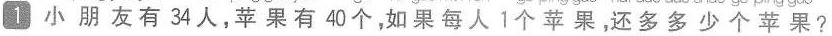
1 小朋友有34人，苹果有40个，如果每人1个苹果，还多多少个苹果？